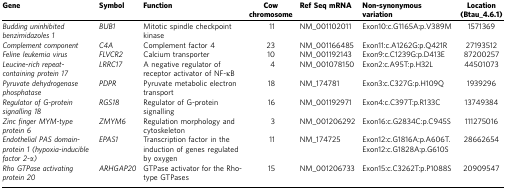
| Gene | Symbol | Function | Cow chromosome | Ref Seq mRNA | Non-synonymous variation | Location (Btau_4.6.1) |
 | --- | --- | --- | --- | --- | --- | --- |
 | Budding uninhibited benzimidazoles 1 | BUB1 | Mitotic spindle checkpoint kinase | 11 | NM_001102011 | Exon10:c.G1165A:p.V389M | 1571369 |
 | Complement component | C4A | Complement factor 4 | 23 | NM_001166485 | Exon11:c.A1262G:p.Q421R | 27193512 |
 | Feline leukemia virus | FLVCR2 | Calcium transporter | 10 | NM_001192143 | Exon9:c.C1239G:p.D413E | 87200257 |
 | Leucine-rich repeat-containing protein 17 | LRRC17 | A negative regulator of receptor activator of NF-κB | 4 | NM_001078150 | Exon2:c.A95T:p.H32L | 44501073 |
 | Pyruvate dehydrogenase phosphatase | PDPR | Pyruvate metabolic electron transport | 18 | NM_174781 | Exon3:c.C327G:p.H109Q | 1939296 |
 | Regulator of G-protein signalling 18 | RGS18 | Regulator of G-protein signalling | 16 | NM_001192971 | Exon4:c.C397T:p.R133C | 13749384 |
 | Zinc finger MYM-type protein 6 | ZMYM6 | Regulation morphology and cytoskeleton | 3 | NM_001206292 | Exon16:c.G2834C:p.C945S | 111275016 |
 | Endothelial PAS domain-protein 1 (hypoxia-inducible factor 2-α) | EPAS1 | Transcription factor in the induction of genes regulated by oxygen | 11 | NM_174725 | Exon12:c.G1816A:p.A606T. Exon12:c.G1828A:p.G610S | 28662654 |
 | Rho GTPase activating protein 20 | ARHGAP20 | GTPase activator for the Rho-type GTPases | 15 | NM_001206733 | Exon15:c.C3262T:p.P1088S | 20909547 |